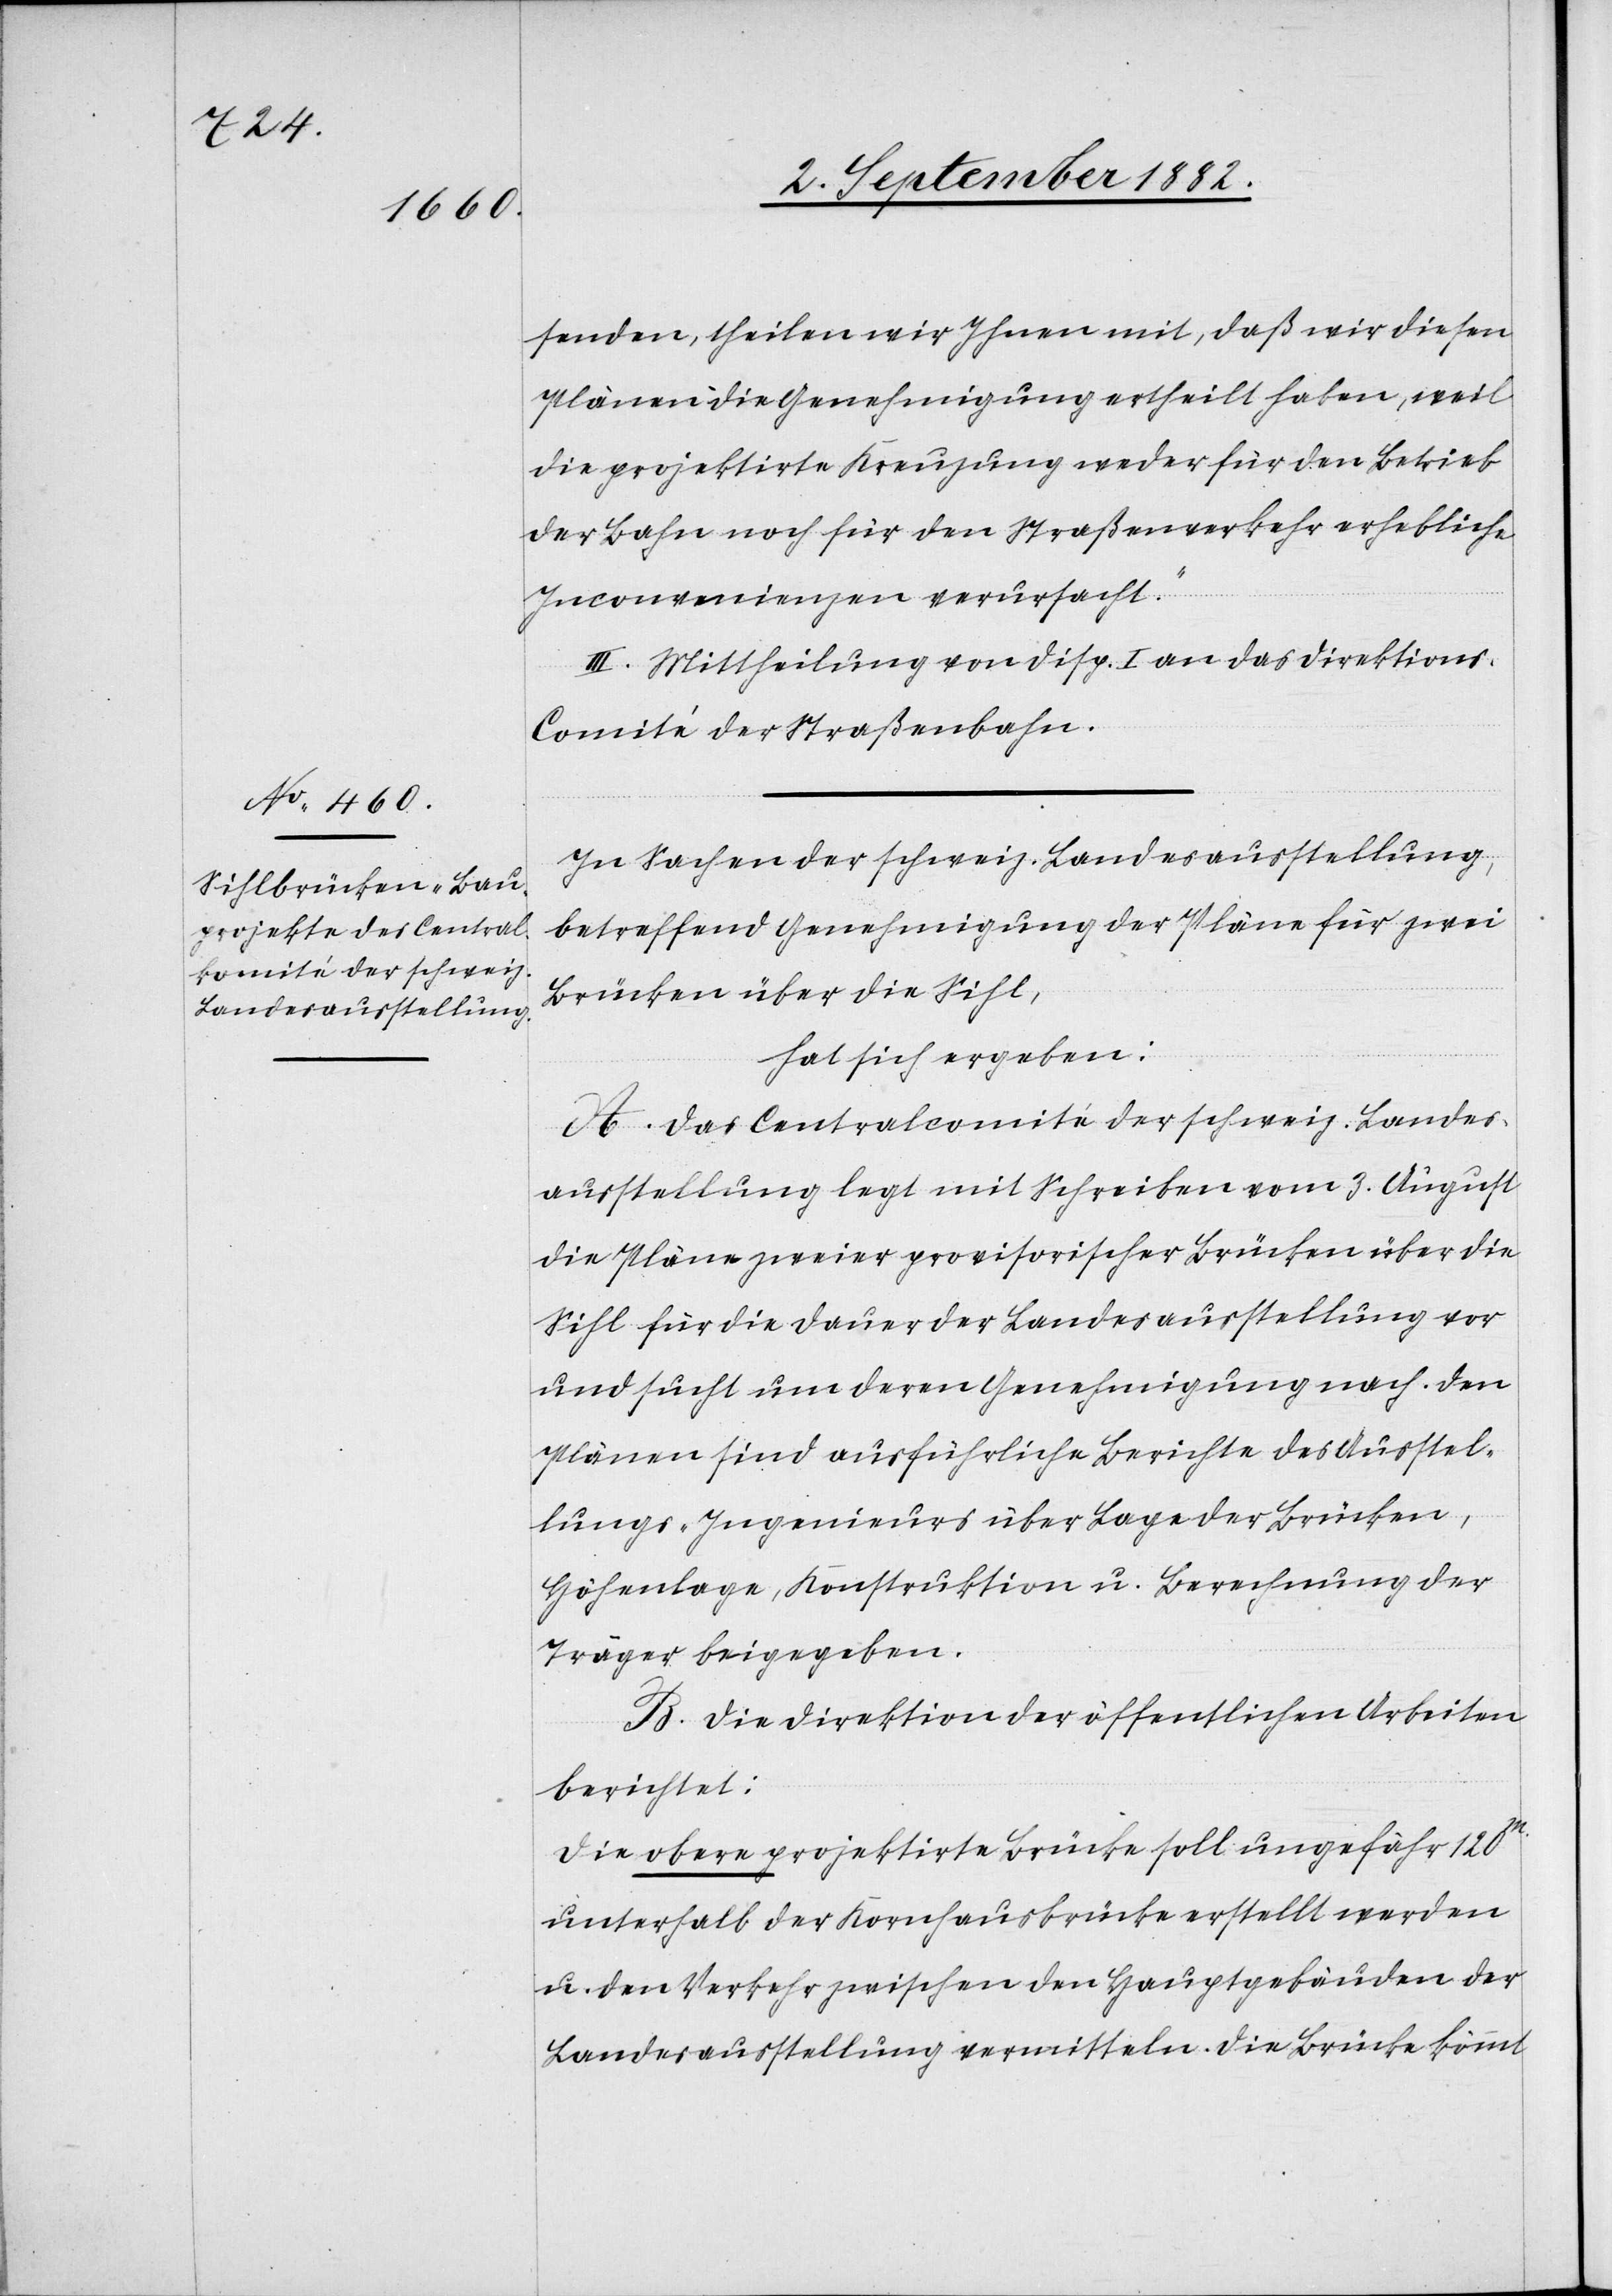
senden, theilen wir Ihnen mit, daß wir diesen
Plänen die Genehmigung ertheilt haben, weil
die projektirte Kreuzung weder für den Betrieb
der Bahn noch für den Straßenverkehr erhebliche
Inconvenienzen verursacht.“
II. Mittheilung von Disp. I an das Direktion¬
s-Comité der Straßenbahn.
In Sachen der schweiz. Landesausstellung,
betreffend Genehmigung der Pläne für zwei
Brücken über die Sihl,
hat sich ergeben:
A. Das Centralcomité der schweiz. Landes¬
ausstellung legt mit Schreiben vom 3. August
die Pläne zweier provisorischer Brücken über die
Sihl für die Dauer der Landesausstellung vor
und sucht um deren Genehmigung nach. Den
Plänen sind ausführliche Berichte des Ausstel¬
lungs-Ingenieurs über Lage der Brücken,
Höhenlage, Konstruktionen u. Berechnung der
Träger beigegeben.
B. Die Direktion der öffentlichen Arbeiten
berichtet:
Die obere projektirte Brücke soll ungefähr 120m.
unterhalb der Kornhausbrücke erstellt werden
u. den Verkehr zwischen den Hauptgebäuden der
Landesausstellung vermitteln. Die Brücke kömmt